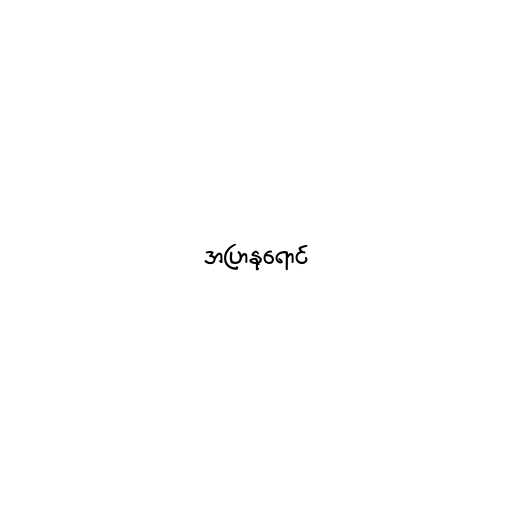
အပြာနုရောင်